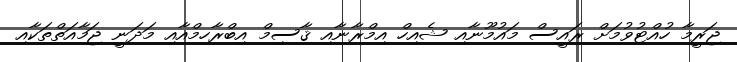
ޖަރީމާ ހުއްޓުވުމަށް ރައީސް މައުމޫނާއި ޝެއިހް އިމްރާނާއި ޤާސިމް އިބްރާހިމްއާއި މަދަނީ ޖަމާއަތްތަކާއި